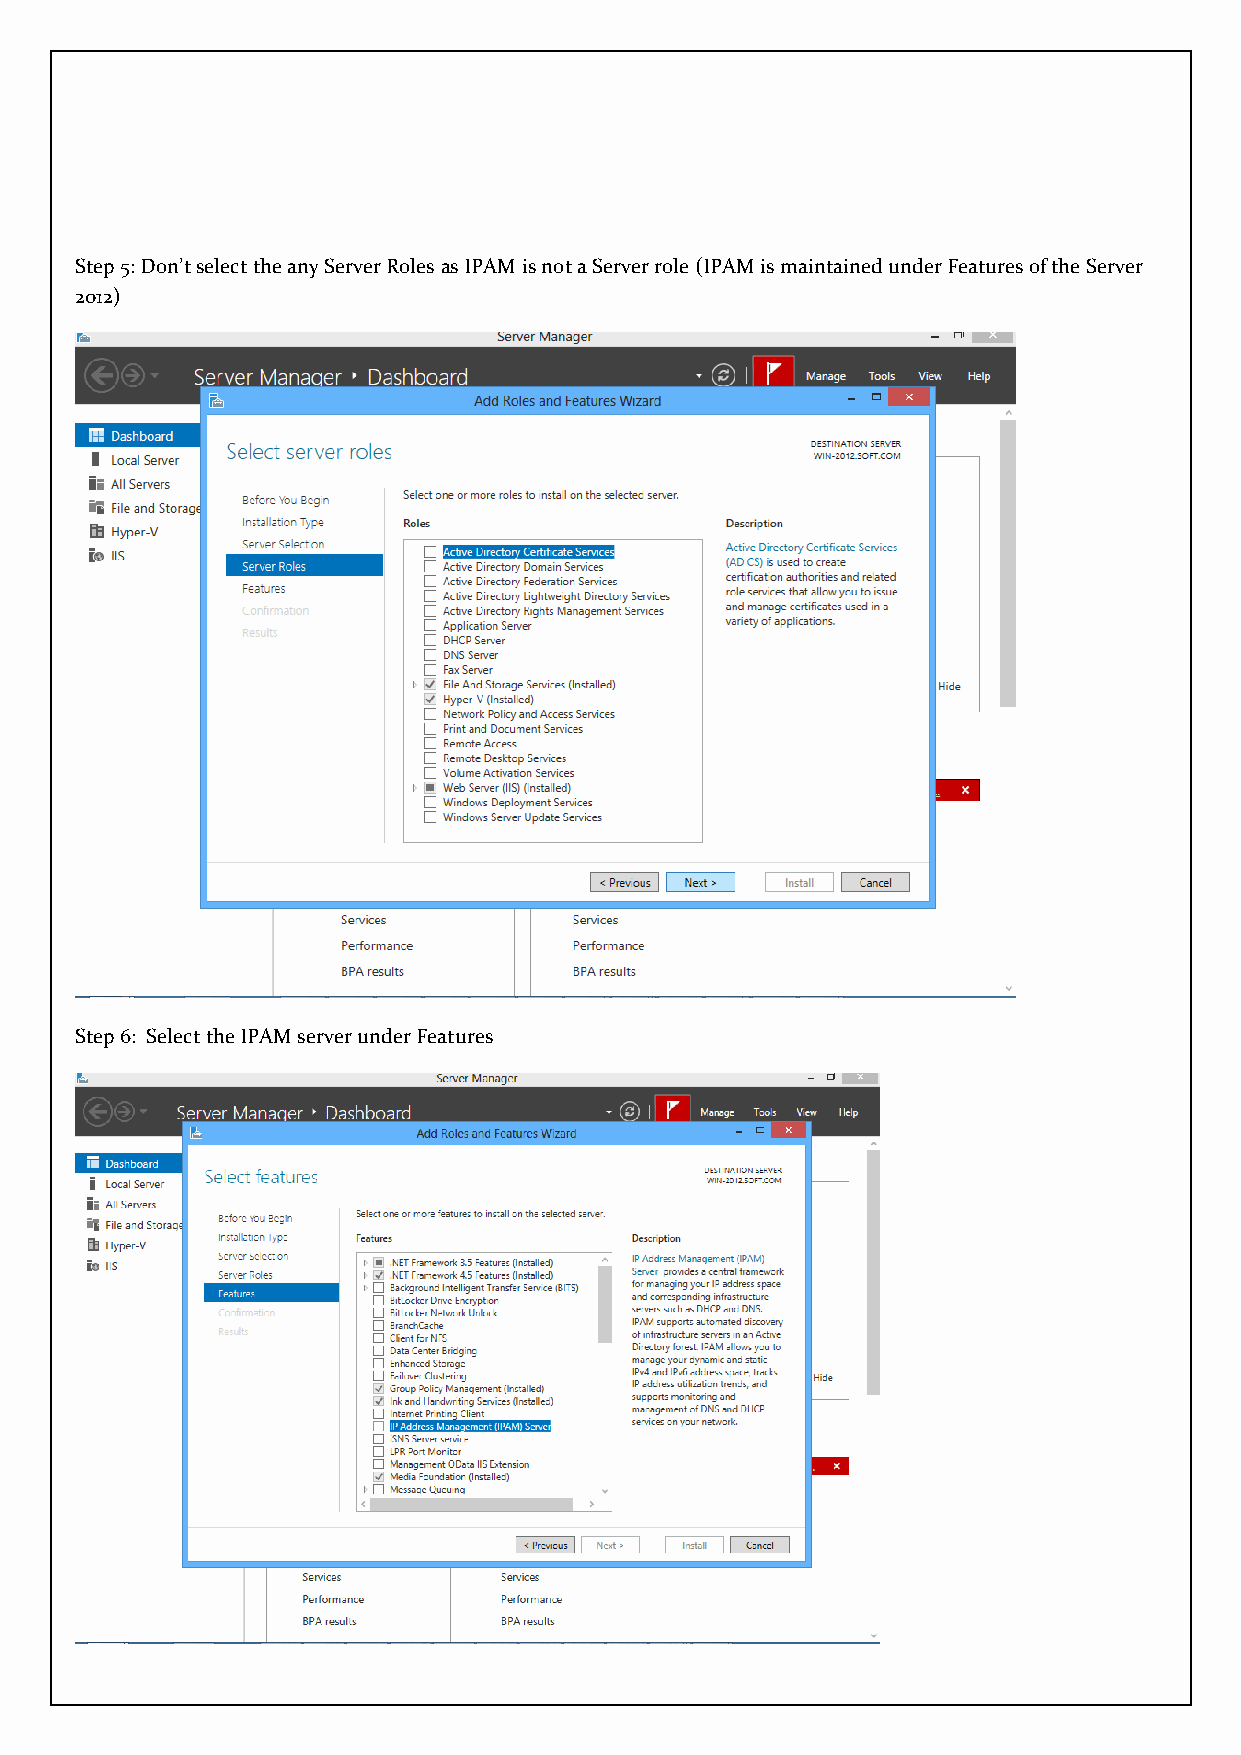
Step 5: Don’t select the any Server Roles as IPAM is not a Server role (IPAM is maintained under Features of the Server
 2012)
 Step 6: Select the IPAM server under Features